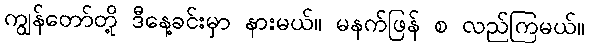
ကျွန်တော်တို့ ဒီနေ့ခင်းမှာ နားမယ်။ မနက်ဖြန် စ လည်ကြမယ်။